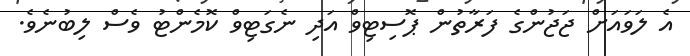
އެ ލަވައަށް ޖަޖުންގެ ފަރާތުން ޕޮސިޓިވް އަދި ނެގަޓިވް ކޮމެންޓު ވެސް ލިބުނެވެ.